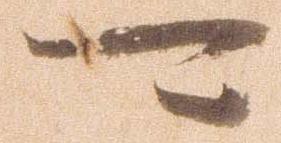
可